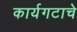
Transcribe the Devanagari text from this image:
कार्यगटाचे